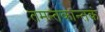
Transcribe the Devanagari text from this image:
तमन्तकान्तकं